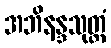
အဘိနန္ဒသုတ္တံ